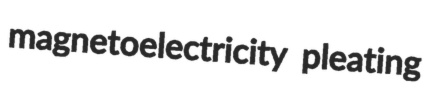
magnetoelectricity pleating